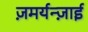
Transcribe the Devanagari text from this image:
ज़मर्यन्ज़ाई